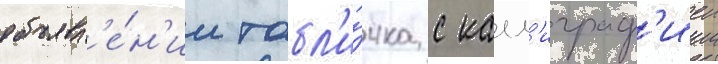
объявл'е́н'ии табл'и́чка с калл'играф'иеи